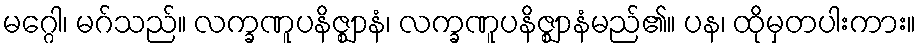
မဂ္ဂေါ၊ မဂ်သည်။ လက္ခဏူပနိဇ္ဈာနံ၊ လက္ခဏူပနိဇ္ဈာနံမည်၏။ ပန၊ ထိုမှတပါးကား။